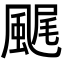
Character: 𩗘